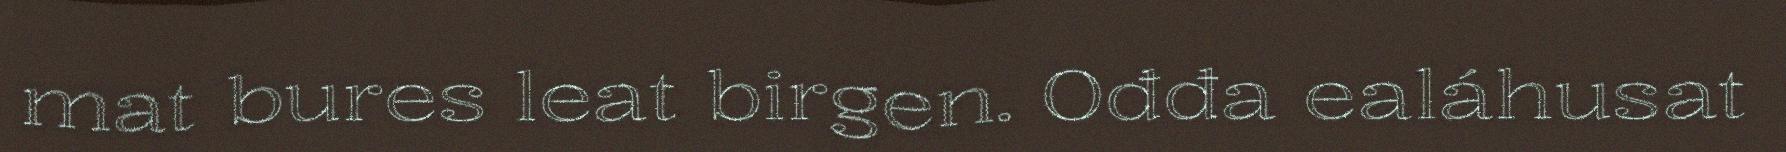
mat bures leat birgen. Ođđa ealáhusat